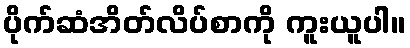
ပိုက်ဆံအိတ်လိပ်စာကို ကူးယူပါ။